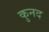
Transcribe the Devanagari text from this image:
कुनद